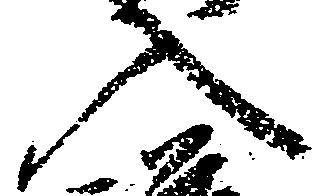
入